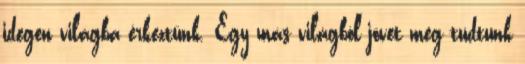
idegen világba érkeztünk. Egy más világból jövet meg tudtunk